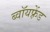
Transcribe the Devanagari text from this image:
ब्वॉयफ़्रेंड